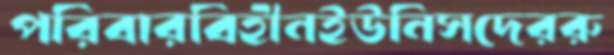
পরিবারবিহীনইউনিসদেররু